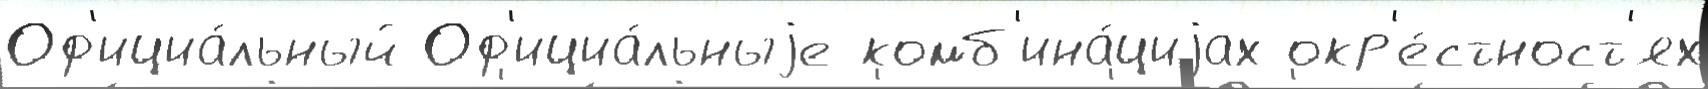
Оф'ициа́льный Оф'ициа́льныjе комб'ина́циjах окр'е́стност'ях